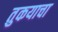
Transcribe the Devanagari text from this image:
तुकयाचा